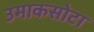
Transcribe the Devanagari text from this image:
उमाकसोटा